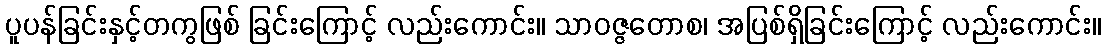
ပူပန်ခြင်းနှင့်တကွဖြစ် ခြင်းကြောင့် လည်းကောင်း။ သာဝဇ္ဇတောစ၊ အပြစ်ရှိခြင်းကြောင့် လည်းကောင်း။